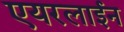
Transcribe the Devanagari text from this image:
एयरलाईन